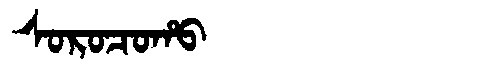
Manchu: ᠰᠣᡵᠣᠴᠣᡥᠣ
Romanization: SOROCOHO